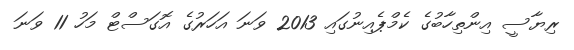
ރިޔާސީ އިންތިހާބުގެ ކެމްޕެއިނުގައި 2013 ވަނަ އަހަރުގެ އޮގަސްޓް މަހު 11 ވަނަ